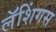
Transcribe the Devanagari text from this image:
लॅशिंगस